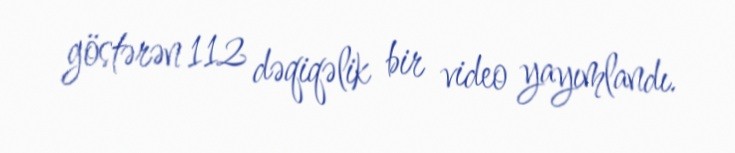
göstərən 112 dəqiqəlik bir video yayımlandı.